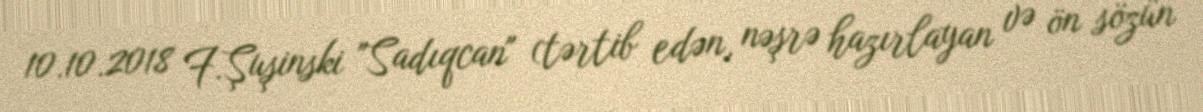
10.10.2018 F.Şuşinski "Sadıqcan" (tərtib edən, nəşrə hazırlayan və ön sözün